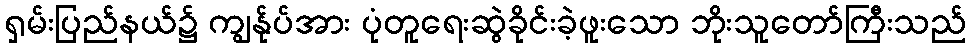
ရှမ်းပြည်နယ်၌ ကျွန်ုပ်အား ပုံတူရေးဆွဲခိုင်းခဲ့ဖူးသော ဘိုးသူတော်ကြီးသည်